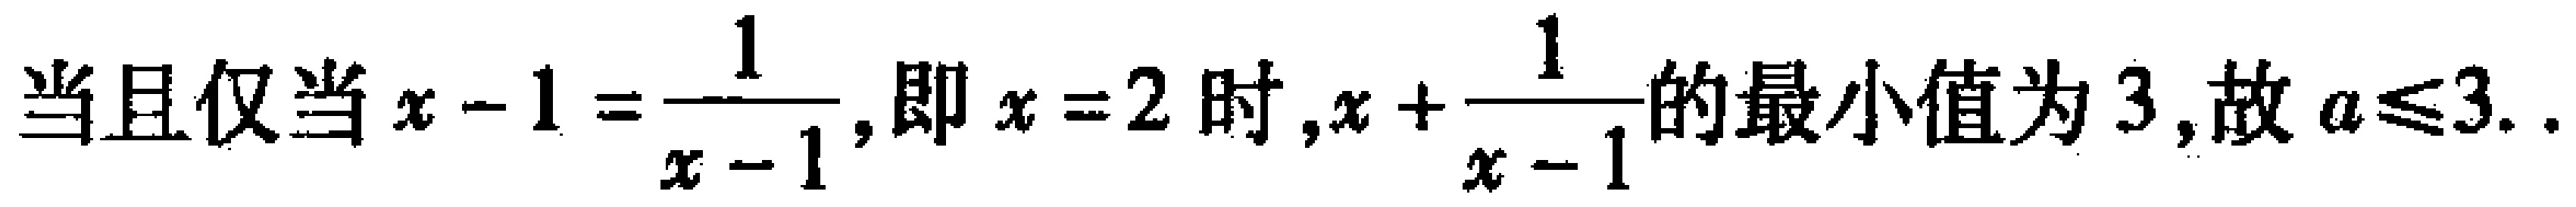
当且仅当\(x - 1 = \frac{1}{x - 1}\), 即\(x = 2\)时,\(x + \frac{1}{x - 1}\)的最小值为\(3\),故\(a\leqslant3\).